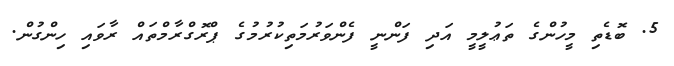
5. ބޮޑެތި މީހުންގެ ތަޢުލީމީ އަދި ފަންނީ ފެންވަރުމަތިކުރުމުގެ ޕްރޮގްރާމްތައް ރާވައި ހިންގުން.